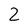
Character: 2